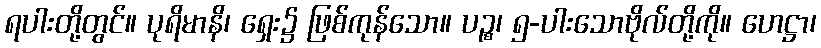
ရပါးတို့တွင်။ ပုရိမာနိ၊ ရှေး၌ ဖြစ်ကုန်သော။ ပဉ္စ၊ ၅-ပါးသောဗိုလ်တို့ကို။ ဟေဋ္ဌာ၊